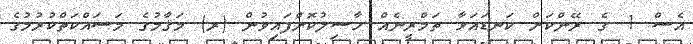
އެސް 1 ގެ ރޭންކަށް ކަނޑައަޅާ ތަމްރީނެއް ހާސިލުކޮށްފައިވުން (ރ) މަޤާމުގެ މަސައްކަތްކުރުމުގެ